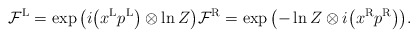
\begin{gather*}\mathcal{F}^{\rm L}=\exp\big(i\big(x^{\rm L}p^{\rm L}\big)\otimes\ln Z\big)\mathcal{F}^{\rm R}=\exp\big({-}\ln Z\otimes i\big(x^{\rm R}p^{\rm R}\big)\big).\end{gather*}